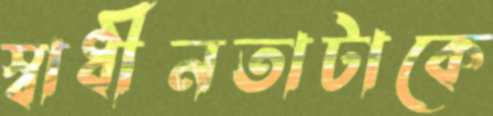
স্বাধীনতাটাকে